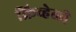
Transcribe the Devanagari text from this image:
क्रिव्हेली